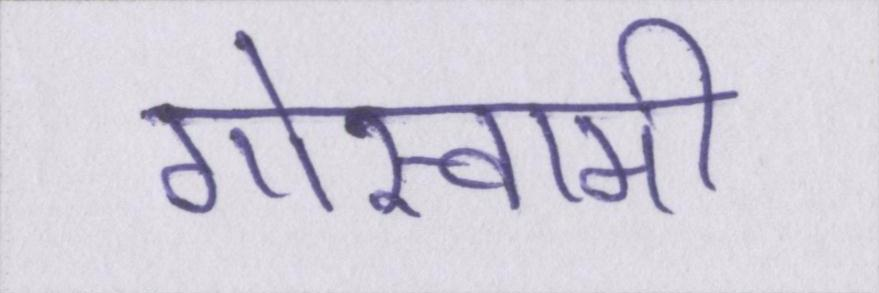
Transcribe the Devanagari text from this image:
गोस्वामी